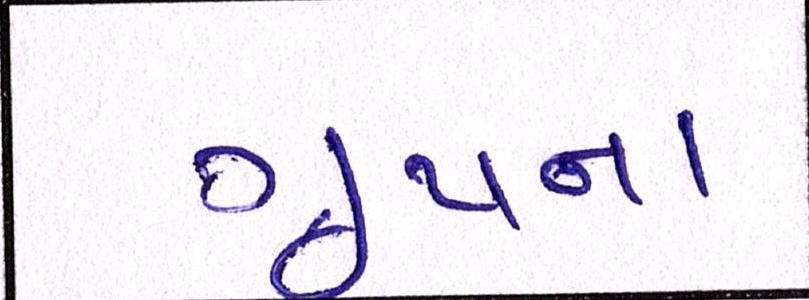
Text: ગ્રૂપના